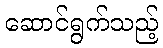
ဆောင်ရွက်သည့်